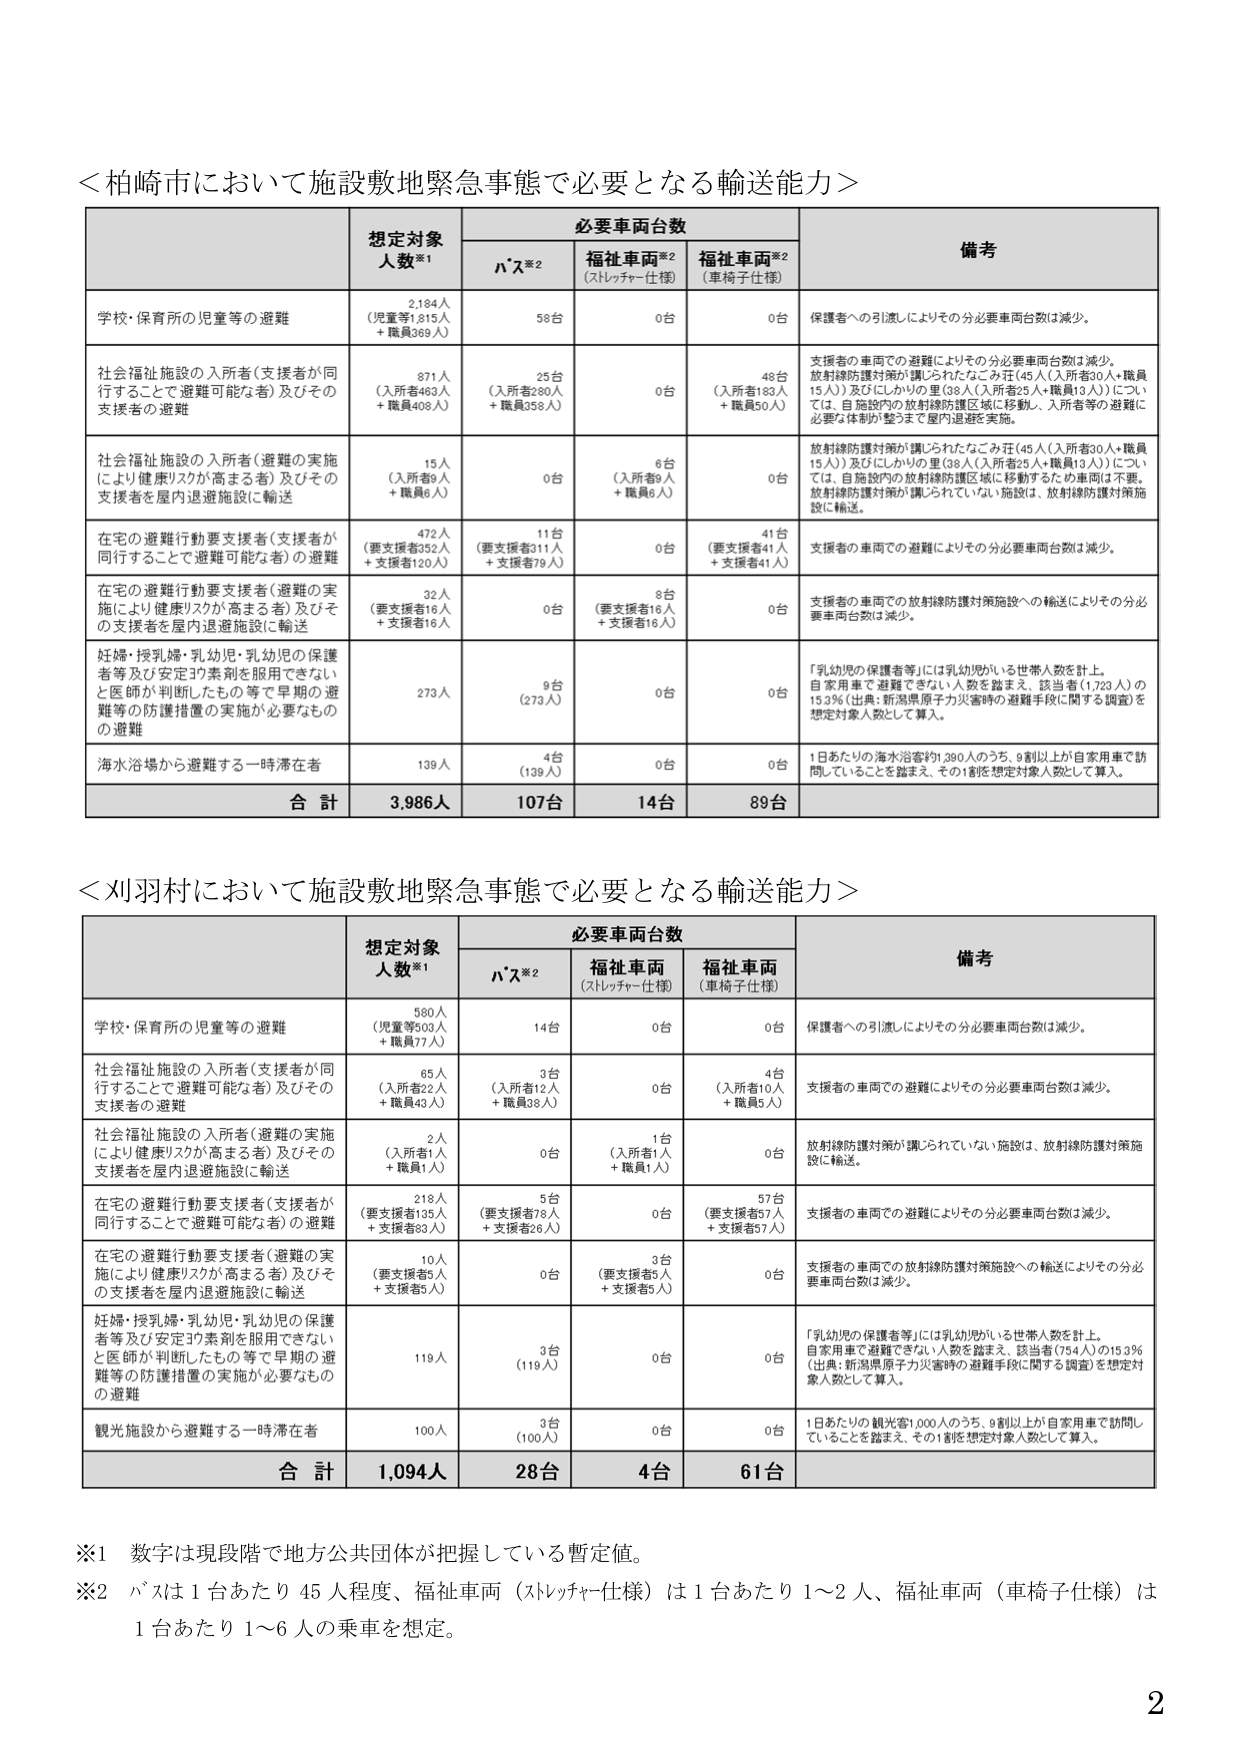
＜柏崎市において施設敷地緊急事態で必要となる輸送能力＞

想定対象人数※1　　必要車両台数　　　　　　　備考
　　　　　　　　　　バス※2　　福祉車両※2　　福祉車両※2
　　　　　　　　　　　　　　（ストレッチャー仕様）　（車椅子仕様）

学校・保育所の児童等の避難　　　2,184人　　　58台　　　0台　　　0台　　　保護者への引渡しによりその分必要車両台数は減少。
　　　　　　　　　　　　（児童等1,815人
　　　　　　　　　　　　　　＋職員369人）

社会福祉施設の入所者（支援者が同行することで避難可能な者）及びその支援者の避難　　871人　　　25台　　　0台　　　48台　　　支援者の車両での避難によりその分必要車両台数は減少。
　　　　　　　　　　　　（入所者463人　　　　（入所者280人　　　　（入所者183人
　　　　　　　　　　　　　　＋職員408人）　　　　＋職員358人）　　　　＋職員50人）
　　　　　　　　　　　　　　　　　　　　　　　　　　　　　　　　　　放射線防護対策が講じられたなごみ荘（45人（入所者30人＋職員15人））及びにしかりの里（38人（入所者25人＋職員13人））については、自施設内の放射線防護区域に移動するため車両は不要。必要な体制が整うまで屋内退避を実施。

社会福祉施設の入所者（避難の実施により健康リスクが高まる者）及びその支援者を屋内退避施設に輸送　　15人　　　0台　　　6台　　　0台　　　放射線防護対策が講じられたなごみ荘（45人（入所者30人＋職員15人））及びにしかりの里（38人（入所者25人＋職員13人））については、自施設内の放射線防護区域に移動するため車両は不要。放射線防護対策が講じられていない施設は、放射線防護対策施設に輸送。
　　　　　　　　　　　　（入所者9人
　　　　　　　　　　　　　　＋職員6人）　　　　　　（入所者8人
　　　　　　　　　　　　　　　　　　　　　　　　　　　　＋職員6人）

在宅の避難行動要支援者（支援者が同行することで避難可能な者）の避難　　472人　　　11台　　　0台　　　41台　　　支援者の車両での避難によりその分必要車両台数は減少。
　　　　　　　　　　　　（要支援者352人　　　　（要支援者311人　　　　（要支援者41人
　　　　　　　　　　　　　　＋支援者120人）　　　　＋支援者79人）　　　　＋支援者41人）

在宅の避難行動要支援者（避難の実施により健康リスクが高まる者）及びその支援者を屋内退避施設に輸送　　32人　　　0台　　　8台　　　0台　　　支援者の車両での放射線防護対策施設への輸送によりその分必要車両台数は減少。
　　　　　　　　　　　　（要支援者16人　　　　（要支援者16人
　　　　　　　　　　　　　　＋支援者16人）　　　　＋支援者16人）

妊婦・授乳婦・乳幼児・乳幼児の保護者等及び安定薬剤を服用できないと医師が判断したもの等で早期の避難等の防護措置の実施が必要なもの の避難　　273人　　　9台　　　0台　　　0台　　　「乳幼児の保護者等」には乳幼児がいる世帯人数を計上。自家用車で避難できない人数を踏まえ、該当者（1,723人）の15.3％（出典：新潟県原子力災害時の避難手段に関する調査）を想定対象人数として算入。
　　　　　　　　　　　　　　　　　　　　　　　　　　　　（273人）

海水浴場から避難する一時滞在者　　139人　　　4台　　　0台　　　0台　　　1日あたりの海水浴客約1,390人のうち、9割以上が自家用車で訪問していることを踏まえ、その1割を想定対象人数として算入。
　　　　　　　　　　　　　　　　　　（139人）

合計　　　3,986人　　　107台　　　14台　　　89台

＜刈羽村において施設敷地緊急事態で必要となる輸送能力＞

想定対象人数※1　　必要車両台数　　　　　　　備考
　　　　　　　　　　バス※2　　福祉車両※2　　福祉車両※2
　　　　　　　　　　　　　　（ストレッチャー仕様）　（車椅子仕様）

学校・保育所の児童等の避難　　　580人　　　14台　　　0台　　　0台　　　保護者への引渡しによりその分必要車両台数は減少。
　　　　　　　　　　　　（児童等503人
　　　　　　　　　　　　　　＋職員77人）

社会福祉施設の入所者（支援者が同行することで避難可能な者）及びその支援者の避難　　65人　　　3台　　　0台　　　4台　　　支援者の車両での避難によりその分必要車両台数は減少。
　　　　　　　　　　　　（入所者22人　　　　（入所者12人　　　　（入所者10人
　　　　　　　　　　　　　　＋職員43人）　　　　＋職員38人）　　　　＋職員5人）

社会福祉施設の入所者（避難の実施により健康リスクが高まる者）及びその支援者を屋内退避施設に輸送　　2人　　　0台　　　1台　　　0台　　　放射線防護対策が講じられていない施設は、放射線防護対策施設に輸送。
　　　　　　　　　　　　（入所者1人　　　　（入所者1人
　　　　　　　　　　　　　　＋職員1人）　　　　＋職員1人）

在宅の避難行動要支援者（支援者が同行することで避難可能な者）の避難　　218人　　　5台　　　0台　　　57台　　　支援者の車両での避難によりその分必要車両台数は減少。
　　　　　　　　　　　　（要支援者125人　　　　（要支援者78人　　　　（要支援者57人
　　　　　　　　　　　　　　＋支援者93人）　　　　＋支援者26人）　　　　＋支援者57人）

在宅の避難行動要支援者（避難の実施により健康リスクが高まる者）及びその支援者を屋内退避施設に輸送　　10人　　　0台　　　3台　　　0台　　　支援者の車両での放射線防護対策施設への輸送によりその分必要車両台数は減少。
　　　　　　　　　　　　（要支援者5人　　　　（要支援者5人
　　　　　　　　　　　　　　＋支援者5人）　　　　＋支援者5人）

妊婦・授乳婦・乳幼児・乳幼児の保護者等及び安定薬剤を服用できないと医師が判断したもの等で早期の避難等の防護措置の実施が必要なもの の避難　　119人　　　3台　　　0台　　　0台　　　「乳幼児の保護者等」には乳幼児がいる世帯人数を計上。自家用車で避難できない人数を踏まえ、該当者（754人）の15.3％（出典：新潟県原子力災害時の避難手段に関する調査）を想定対象人数として算入。
　　　　　　　　　　　　　　　　　　　　　　　　　　　　（119人）

観光施設から避難する一時滞在者　　100人　　　3台　　　0台　　　0台　　　1日あたりの観光客1,000人のうち、9割以上が自家用車で訪問していることを踏まえ、その1割を想定対象人数として算入。
　　　　　　　　　　　　　　　　　　（100人）

合計　　　1,094人　　　28台　　　4台　　　61台

※1　数字は現段階で地方公共団体が把握している暫定値。
※2　バスは1台あたり45人程度、福祉車両（ストレッチャー仕様）は1台あたり1～2人、福祉車両（車椅子仕様）は1台あたり1～6人の乗車を想定。

2